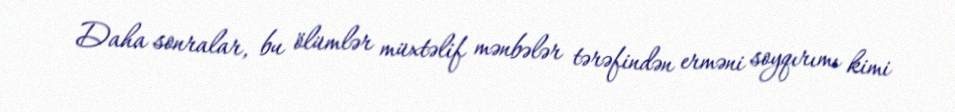
Daha sonralar, bu ölümlər müxtəlif mənbələr tərəfindən erməni soyqırımı kimi